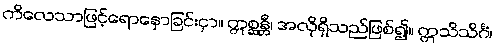
ကိလေသာဖြင့်ရောနှောခြင်းငှာ။ ဣစ္ဆန္တီ၊ အလိုရှိသည်ဖြစ်၍။ ဣသိသိင်္ဂံ၊